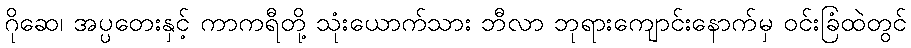
ဂိုဆေ၊ အပ္ပတေးနှင့် ကာကရီတို့ သုံးယောက်သား ဘီလာ ဘုရားကျောင်းနောက်မှ ဝင်းခြံထဲတွင်